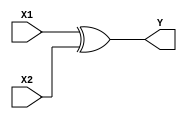
`timescale 1ns / 1ps
//////////////////////////////////////////////////////////////////////////////////
// Company: 
// Engineer: 
// 
// Design Name: 
// Module Name:    xor2 
// Project Name: 
// Target Devices: 
// Tool versions: 
// Description: 
//
// Dependencies: 
//
// Revision: 
// Revision 0.01 - File Created
// Additional Comments: 
//
//////////////////////////////////////////////////////////////////////////////////
module xor2(
    output Y,
    input X1,
    input X2
    );

	// assign Y = (X1 && !X2) || (!X1 && X2);

	assign Y = X1 ^ X2;

endmodule